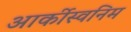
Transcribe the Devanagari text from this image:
आर्कीस्वनिम